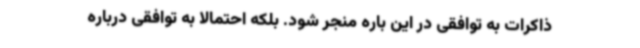
ذاکرات به توافقی در این باره منجر شود. بلکه احتمالا به توافقی درباره